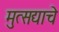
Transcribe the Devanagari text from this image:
मुत्सद्याचे